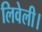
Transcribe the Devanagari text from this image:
लिवेली।